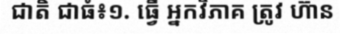
ជាតិ ជាធំ៖១. ធ្វើ អ្នកវិភាគ ត្រូវ ហ៊ាន